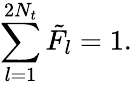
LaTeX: \sum_{l=1}^{2N_{t}}{{\tilde{F}}_{l}}=1.